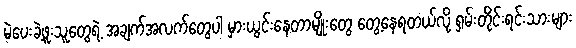
မဲပေးခဲ့ဖူးသူတွေရဲ့ အချက်အလက်တွေပါ မှားယွင်းနေတာမျိုးတွေ တွေ့နေရတယ်လို့ ရှမ်းတိုင်းရင်းသားများ